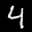
Label: 4